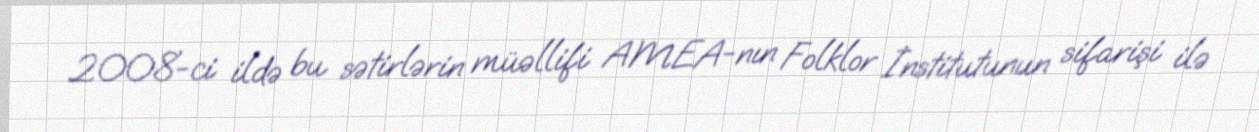
2008-ci ildə bu sətirlərin müəllifi AMEA-nın Folklor İnstitutunun sifarişi ilə